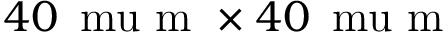
4 0 \, \mathrm { \ m u } \mathrm { ~ m ~ } \times 4 0 \, \mathrm { \ m u } \mathrm { ~ m ~ }